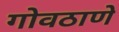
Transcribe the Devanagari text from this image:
गोवठाणे